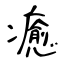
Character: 癒